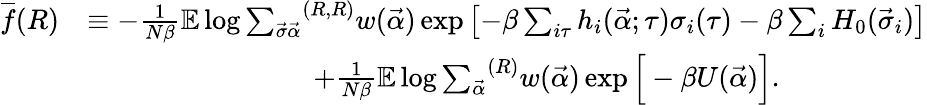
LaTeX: \begin{array}{rl}{\overline{{f}}(R)}&{\equiv-\frac{1}{N\beta}\mathbb{E}\log{{\sum_{\vec{\sigma}\vec{\alpha}}}^{(R,R)}w(\vec{\alpha})\exp{\left[-\beta\sum_{i\tau}h_{i}(\vec{\alpha};\tau)\sigma_{i}(\tau)-\beta\sum_{i}H_{0}(\vec{\sigma}_{i})\right]}}}\\ &{\qquad\qquad\qquad\qquad+\frac{1}{N\beta}\mathbb{E}\log{{\sum_{\vec{\alpha}}}^{(R)}w(\vec{\alpha})\exp{\Big[-\beta U(\vec{\alpha})\Big]}}.}\end{array}